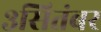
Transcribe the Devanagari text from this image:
३सितंबर